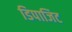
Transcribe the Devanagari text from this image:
डिपाजिट